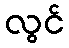
လွင်